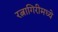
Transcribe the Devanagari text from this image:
रत्नागिरीमध्ये